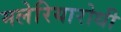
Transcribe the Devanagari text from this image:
मलेरियारोधी